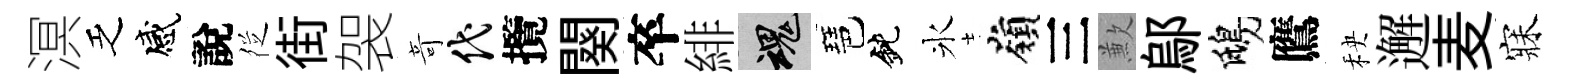
溟乏感說徔街袈竒代攬闋卒緋魂琶鈍氷嶺三歉鄔鴟鷹秧邂麦寐